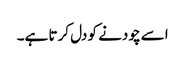
اسے چودنے کو دل کرتا ہے۔